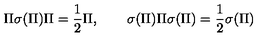
\Pi \sigma ( \Pi ) \Pi = \frac { 1 } { 2 } \Pi , \qquad \sigma ( \Pi ) \Pi \sigma ( \Pi ) = \frac { 1 } { 2 } \sigma ( \Pi )